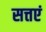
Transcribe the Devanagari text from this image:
सत्तएं